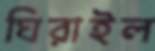
ঘিরাইল